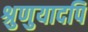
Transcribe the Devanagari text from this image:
श्रुणुयादपि